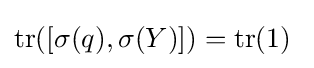
\mathrm {tr} ([\sigma (q),\sigma (Y)])=\mathrm {tr} (1)~